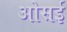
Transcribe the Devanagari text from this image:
ओसई